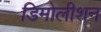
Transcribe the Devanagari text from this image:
डिमोलीशन